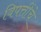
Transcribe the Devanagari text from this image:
विपत्तींचे